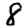
Digit: 8